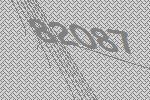
82087